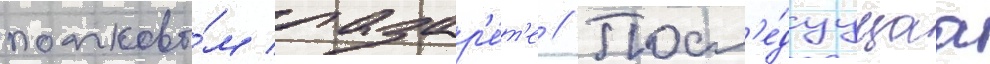
полково́м лазар'е́т'е // Посл'е́дуущаа